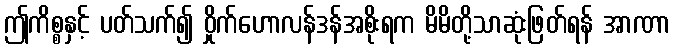
ဤကိစ္စနှင့် ပတ်သက်၍ ဝှိုက်ဟောလန်ဒန်အစိုးရက မိမိတို့သာဆုံးဖြတ်ရန် အာဏာ